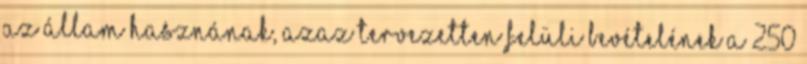
az állam hasznának, azaz tervezetten felüli bevételének a 250